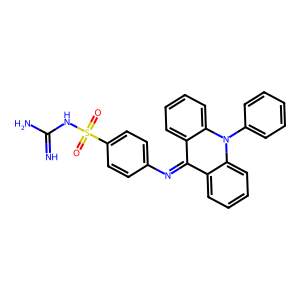
SMILES: N=C(N)NS(=O)(=O)c1ccc(N=c2c3ccccc3n(-c3ccccc3)c3ccccc23)cc1
Inhibits HIV replication: No